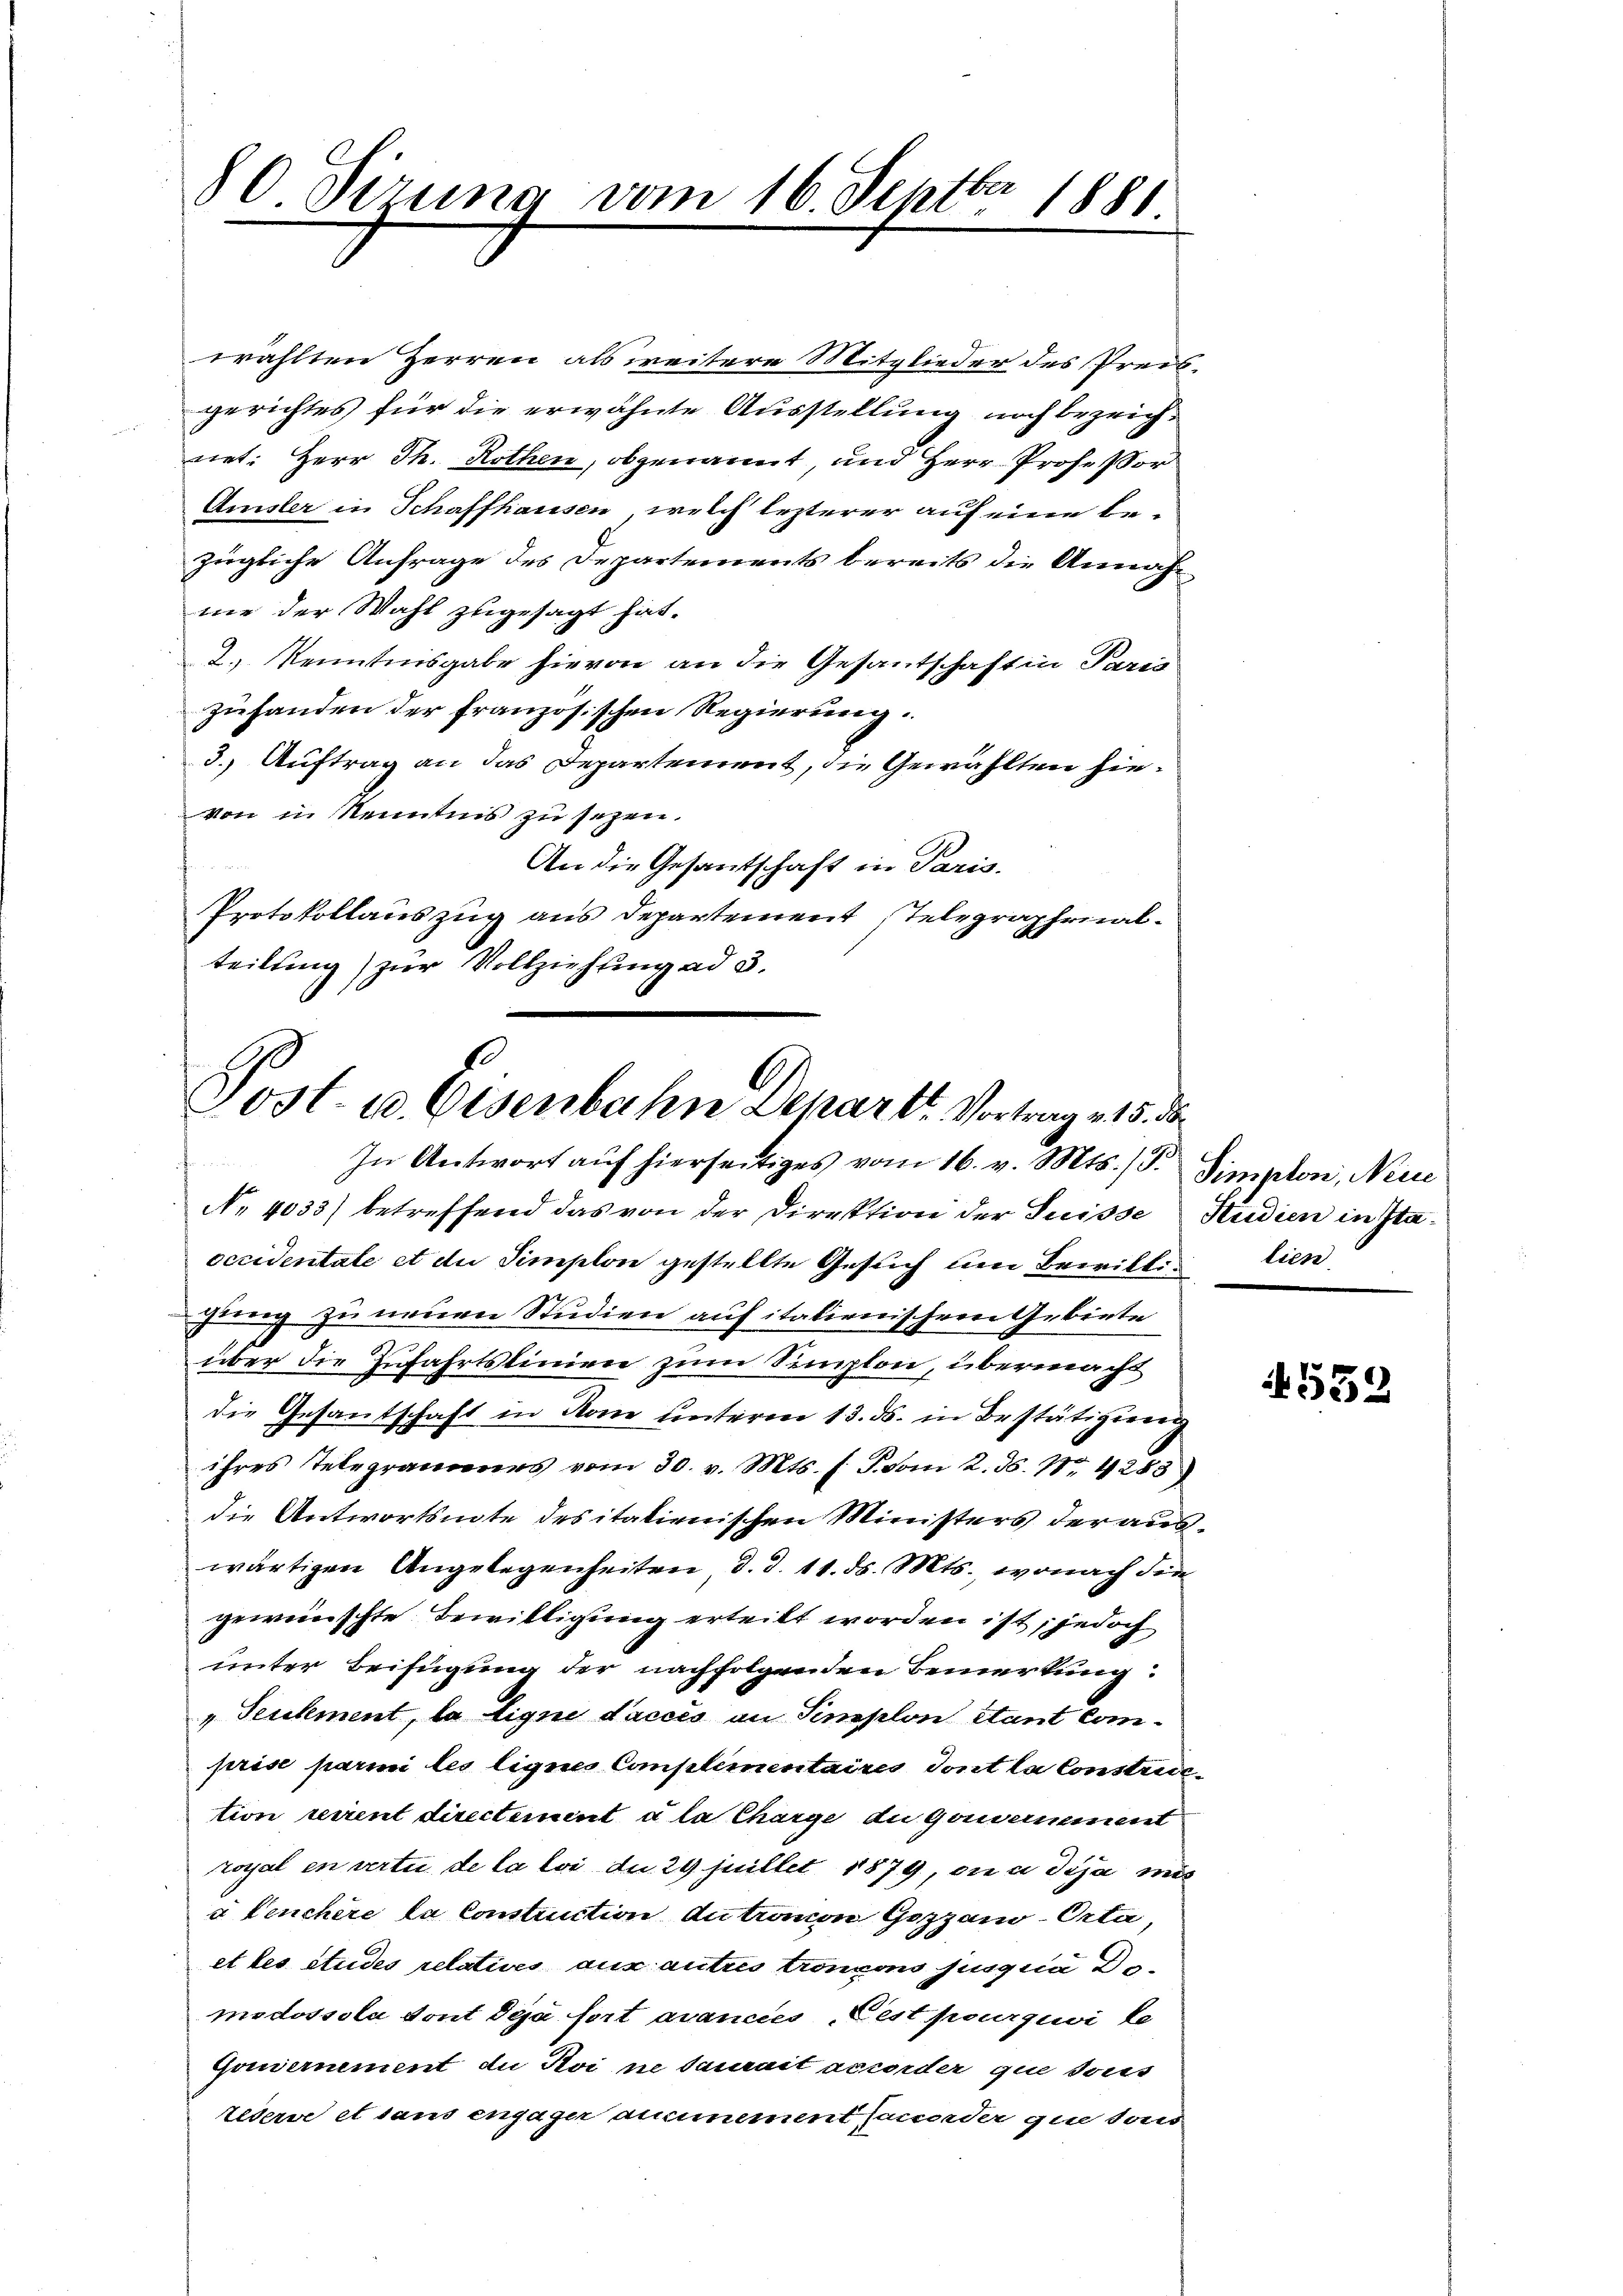
80 Pirung vom 16. Septbr 1881

wählten Herren als weitere Mitglieder des Preisgerichtes für die erwähnte Ausstellung noch bezeichnet: Herr Th. Rothen, obgenannt, und Herr Professor
Amsler in Schaffhausen, welch lezterer auf eine bezügliche Anfrage des Departements bereits die Annahwie der Wahl zugesagt hat.
2.) Kenntnisgabe hievon an die Gesantschaft in Paris
zuhanden der französischen Regierung.
3.) Auftrag an das Departement, die Gewählten hievon in Kenntnis zu sezen.
An die Gesantschaft in Paris.
Protokollauszug aus Departement Telegraphenalteilung) zur Vollziehung ad 3.

Jost- u. Eisenbahn Depart. Vortrag v. 15. d.
In Antwort aŭf hierseitiges vom 16. v. Mts. (T. Simplon, Neue

No 4033) betreffend das von der Direktion der Suisse Studien in Itaoccidentate et die Simplon gestellte Gesuch um Bewillir lien
gung zu neuen Studien auf italienischen Gebiete
über die Zufahrtslinien zum Semplon, übermacht
die Gesantschaft in Rom unterm 13. ds. in Bestätigung
ihres Telegrammes vom 30. v. Mts. f. J. vom 2. ds. 1. 4283)
die Antwortsnote des italienischen Ministers der auswärtigen Angelegenheiten, d. d. 11. ds. Mts., wonach die
gewünschte Bewilligung erteilt worden ist; jedoch
unter Beifügung der nachfolgenden Bemerkung:
„Seulement, la ligne d’accés an Semplon étant comprise parmi les lignes Complementaires dont la Constrietion verrent directement à la Charge du gouvernement
royal en vertu de la loi du 29 juillet 1879, die u dija mit
a Lenchere la Construction Antramon Gozzam-Orta,
et les studes relatives aus autres tronons hingen Demodossola dont deja fort avances, Pest poursui le
Gouvernement du Soi ne staurait accorder que doris
tederne et sans engager ausmement (aneder que tous

532